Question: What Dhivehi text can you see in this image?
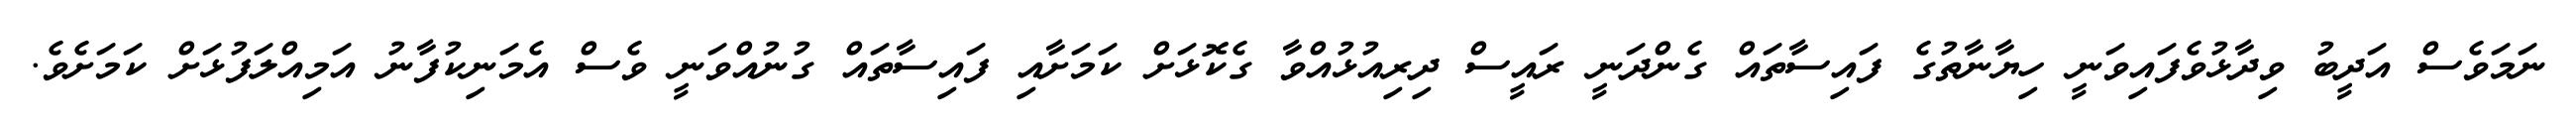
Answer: ނަމަވެސް އަދީބު ވިދާޅުވެފައިވަނީ ހިޔާނާތުގެ ފައިސާތައް ގެންދަނީ ރައީސް ދިރިއުޅުއްވާ ގެކޮޅަށް ކަމަށާއި ފައިސާތައް ގުނުއްވަނީ ވެސް އެމަނިކުފާނު އަމިއްލަފުޅަށް ކަމަށެވެ.